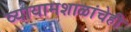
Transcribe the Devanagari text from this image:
व्यायामशाळांचेही